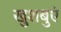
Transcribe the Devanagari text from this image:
खुशबुएं